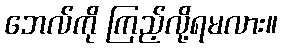
ဘေလ်ကို ကြည့်လို့ရမလား။